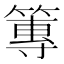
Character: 篿